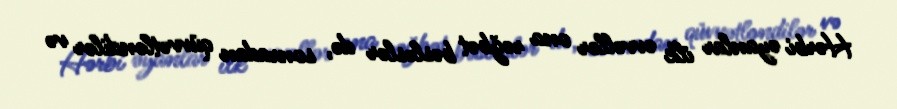
Hərbi əyanlar ilk əvvəllər ona rəğbət bəsləslər də, sonradan qüvvətləndilər və